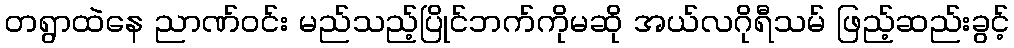
တရွာထဲနေ ညာဏ်ဝင်း မည်သည့်ပြိုင်ဘက်ကိုမဆို အယ်လဂိုရီသမ် ဖြည့်ဆည်းခွင့်